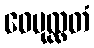
ဝေပုလ္လတံ